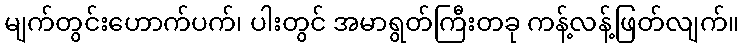
မျက်တွင်းဟောက်ပက်၊ ပါးတွင် အမာရွတ်ကြီးတခု ကန့်လန့်ဖြတ်လျက်။